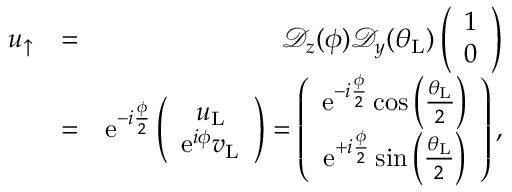
\begin{array} { r l r } { u _ { \uparrow } } & { = } & { \mathcal { D } _ { z } ( \phi ) \mathcal { D } _ { y } ( \theta _ { \mathrm { L } } ) \left( \begin{array} { c } { 1 } \\ { 0 } \end{array} \right) } \\ & { = } & { \mathrm { e } ^ { - i \frac { \phi } { 2 } } \left( \begin{array} { c } { u _ { \mathrm { L } } } \\ { \mathrm { e } ^ { i \phi } v _ { \mathrm { L } } } \end{array} \right) = \left( \begin{array} { c c } { \mathrm { e } ^ { - i \frac { \phi } { 2 } } \cos \left( \frac { \theta _ { \mathrm { L } } } { 2 } \right) } \\ { \mathrm { e } ^ { + i \frac { \phi } { 2 } } \sin \left( \frac { \theta _ { \mathrm { L } } } { 2 } \right) } \end{array} \right) , } \end{array}